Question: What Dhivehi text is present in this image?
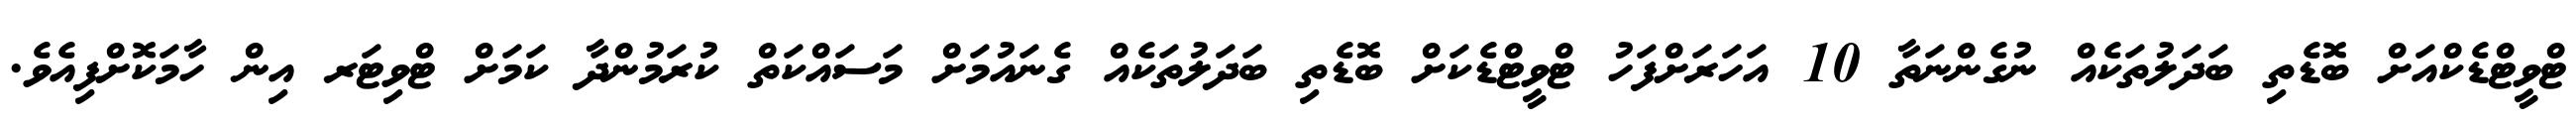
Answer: ޓްވީޓްޑެކްއަށް ބޮޑެތި ބަދަލުތަކެއް ނުގެންނަތާ 10 އަހަރަށްފަހު ޓްވީޓްޑެކަށް ބޮޑެތި ބަދަލުތަކެއް ގެނައުމަށް މަސައްކަތް ކުރަމުންދާ ކަމަށް ޓްވިޓަރ އިން ހާމަކޮށްފިއެވެ.